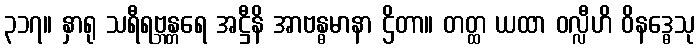
၃၁၇။ နှာရု သရီရဗ္ဘန္တရေ အဋ္ဌီနိ အာဗန္ဓမာနာ ဌိတာ။ တတ္ထ ယထာ ဝလ္လီဟိ ဝိနဒ္ဓေသု